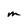
Character: m